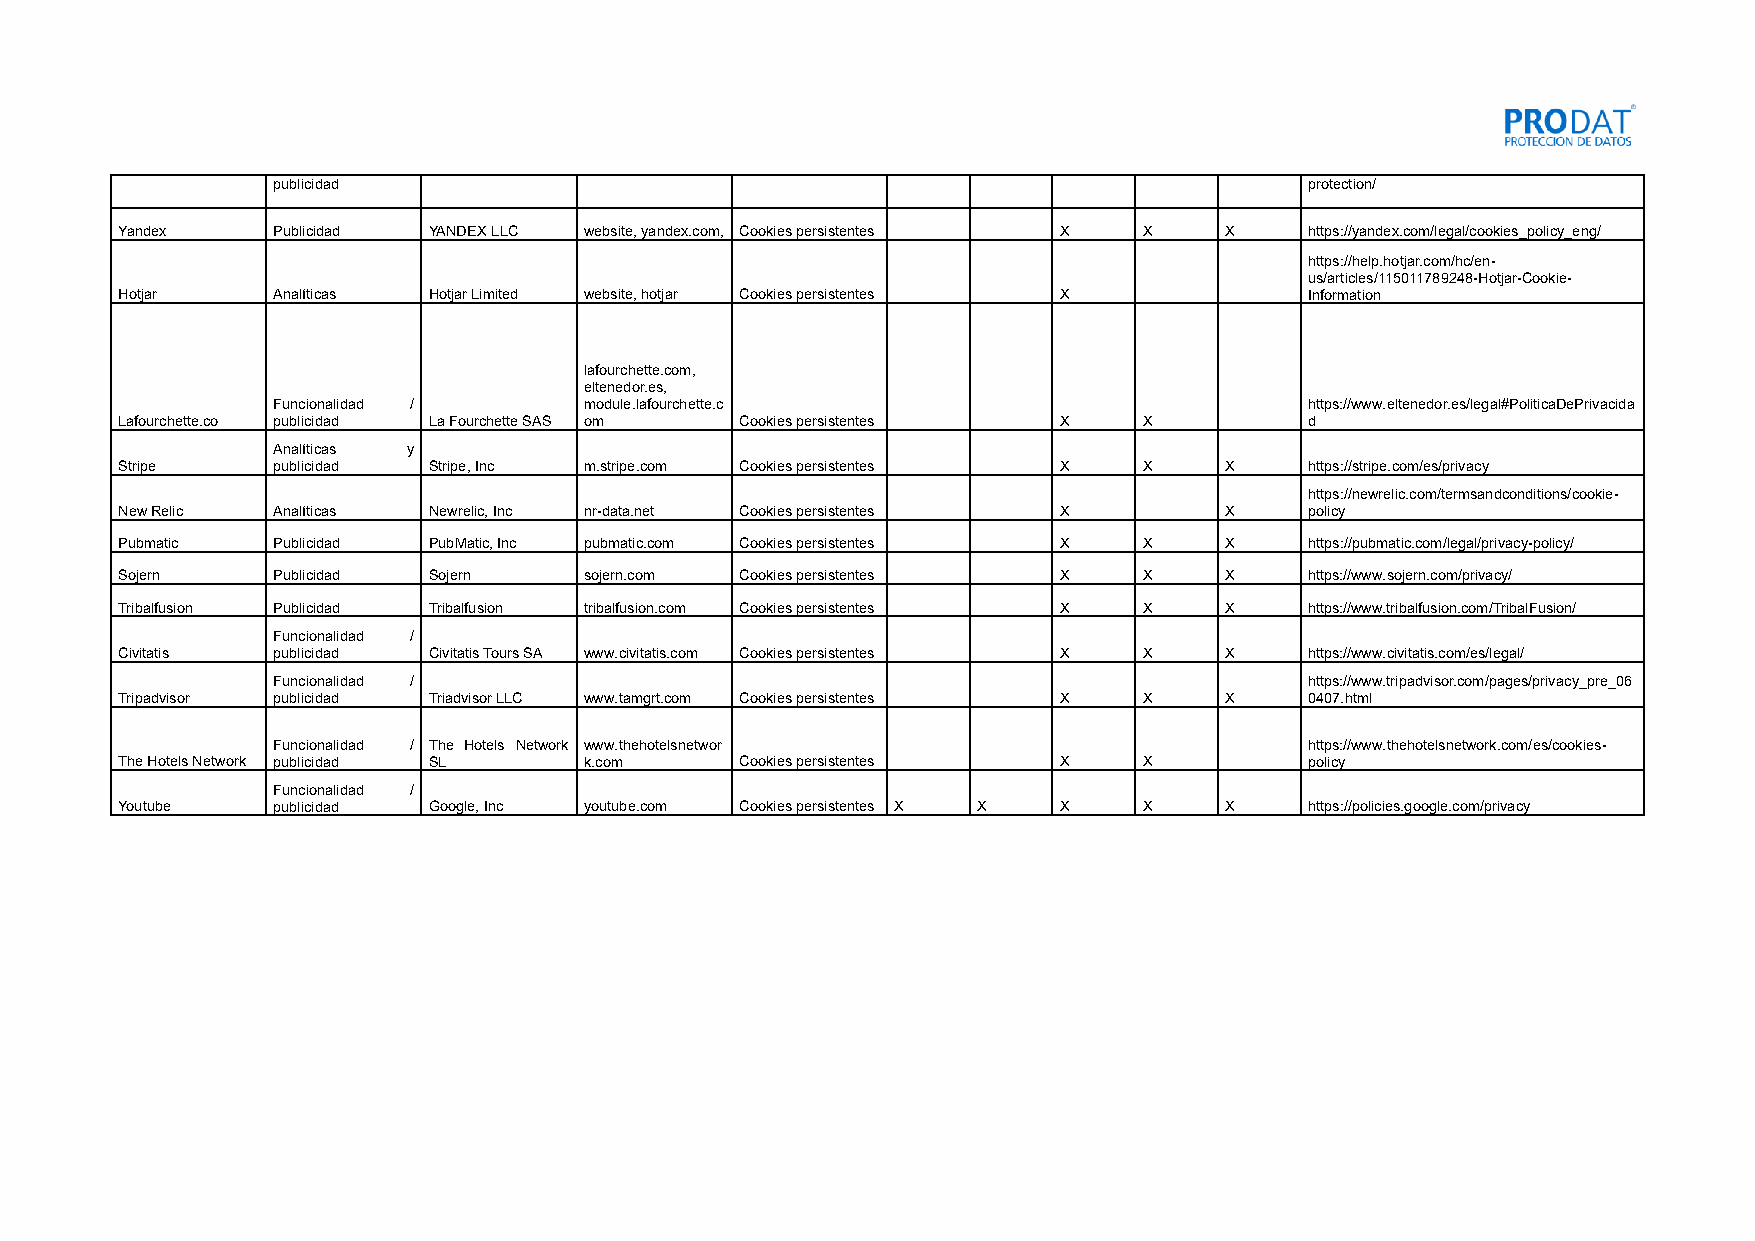
publicidad                                                           protection/
 Yandex    Publicidad YANDEX LLC website, yandex.com, Cookies persistentes X X X https://yandex.com/legal/cookies_policy_eng/
 https://help.hotjar.com/hc/en-
 us/articles/115011789248-Hotjar-Cookie-
 Hotjar    Analíticas Hotjar Limited website, hotjar Cookies persistentes X     Information
 lafourchette.com,
 eltenedor.es,
 Funcionalidad /      module.lafourchette.c                           https://www.eltenedor.es/legal#PoliticaDePrivacida
 Lafourchette.co publicidad La Fourchette SAS om Cookies persistentes X X       d
 Analíticas y
 Stripe    publicidad Stripe, Inc m.stripe.com Cookies persistentes X X   X     https://stripe.com/es/privacy
 https://newrelic.com/termsandconditions/cookie-
 New Relic Analíticas Newrelic, Inc nr-data.net Cookies persistentes X    X     policy
 Pubmatic  Publicidad PubMatic, Inc pubmatic.com Cookies persistentes X X X     https://pubmatic.com/legal/privacy-policy/
 Sojern    Publicidad Sojern    sojern.com Cookies persistentes X    X    X     https://www.sojern.com/privacy/
 Tribalfusion Publicidad Tribalfusion tribalfusion.com Cookies persistentes X X X https://www.tribalfusion.com/TribalFusion/
 Funcionalidad /
 Civitatis publicidad Civitatis Tours SA www.civitatis.com Cookies persistentes X X X https://www.civitatis.com/es/legal/
 Funcionalidad /                                                      https://www.tripadvisor.com/pages/privacy_pre_06
 Tripadvisor publicidad Triadvisor LLC www.tamgrt.com Cookies persistentes X X X 0407.html
 Funcionalidad / The Hotels Network www.thehotelsnetwor               https://www.thehotelsnetwork.com/es/cookies-
 The Hotels Network publicidad SL k.com   Cookies persistentes X     X          policy
 Funcionalidad /
 Youtube   publicidad Google, Inc youtube.com Cookies persistentes X X X X X    https://policies.google.com/privacy